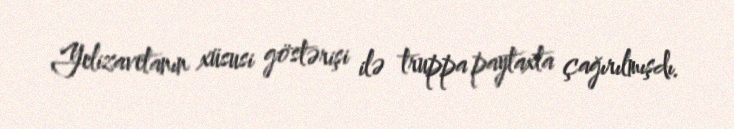
Yelizavetanın xüsusi göstərişi ilə truppa paytaxta çağırılmışdı.